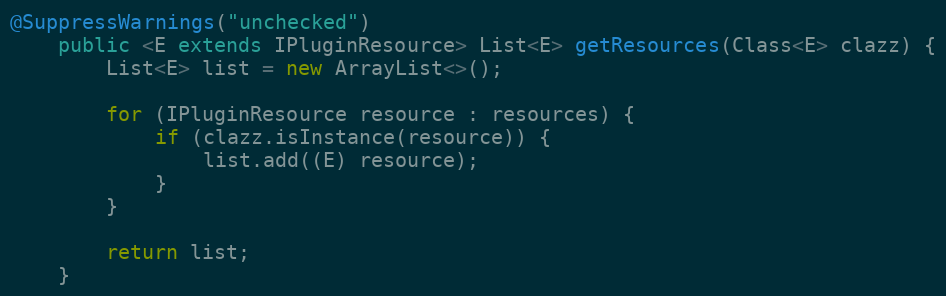
Language: Java
@SuppressWarnings("unchecked")
    public <E extends IPluginResource> List<E> getResources(Class<E> clazz) {
        List<E> list = new ArrayList<>();

        for (IPluginResource resource : resources) {
            if (clazz.isInstance(resource)) {
                list.add((E) resource);
            }
        }

        return list;
    }